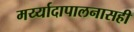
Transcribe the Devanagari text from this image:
मर्य्यादापालनासही